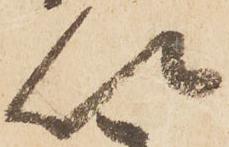
以